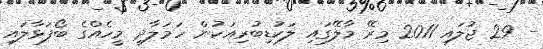
- 29 ޖުލައި 2011 މިރޭ މާލޭގައި ލަކުޑިބުރިއަކުން ހަމަލާދީ މީހެއްގެ ބޯފަޅާލައި